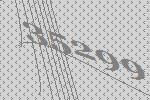
35299